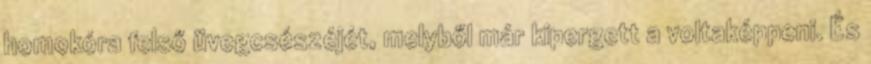
homokóra felső üvegcsészéjét, melyből már kipergett a voltaképpeni. És